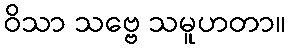
ဝိသာ သဗ္ဗေ သမူဟတာ။